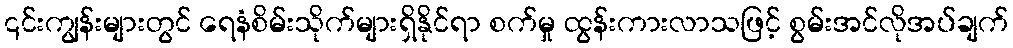
၎င်းကျွန်းများတွင် ရေနံစိမ်းသိုက်များရှိနိုင်ရာ စက်မှု ထွန်းကားလာသဖြင့် စွမ်းအင်လိုအပ်ချက်